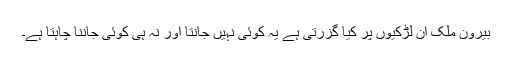
بیرون ملک ان لڑکیوں پر کیا گزرتی ہے یہ کوئی نہیں جانتا اور نہ ہی کوئی جاننا چاہتا ہے۔